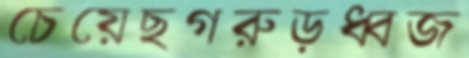
চেয়েছগরুড়ধ্বজ